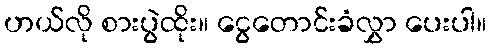
ဟယ်လို စားပွဲထိုး။ ငွေတောင်းခံလွှာ ပေးပါ။